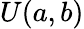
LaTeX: U(a,b)